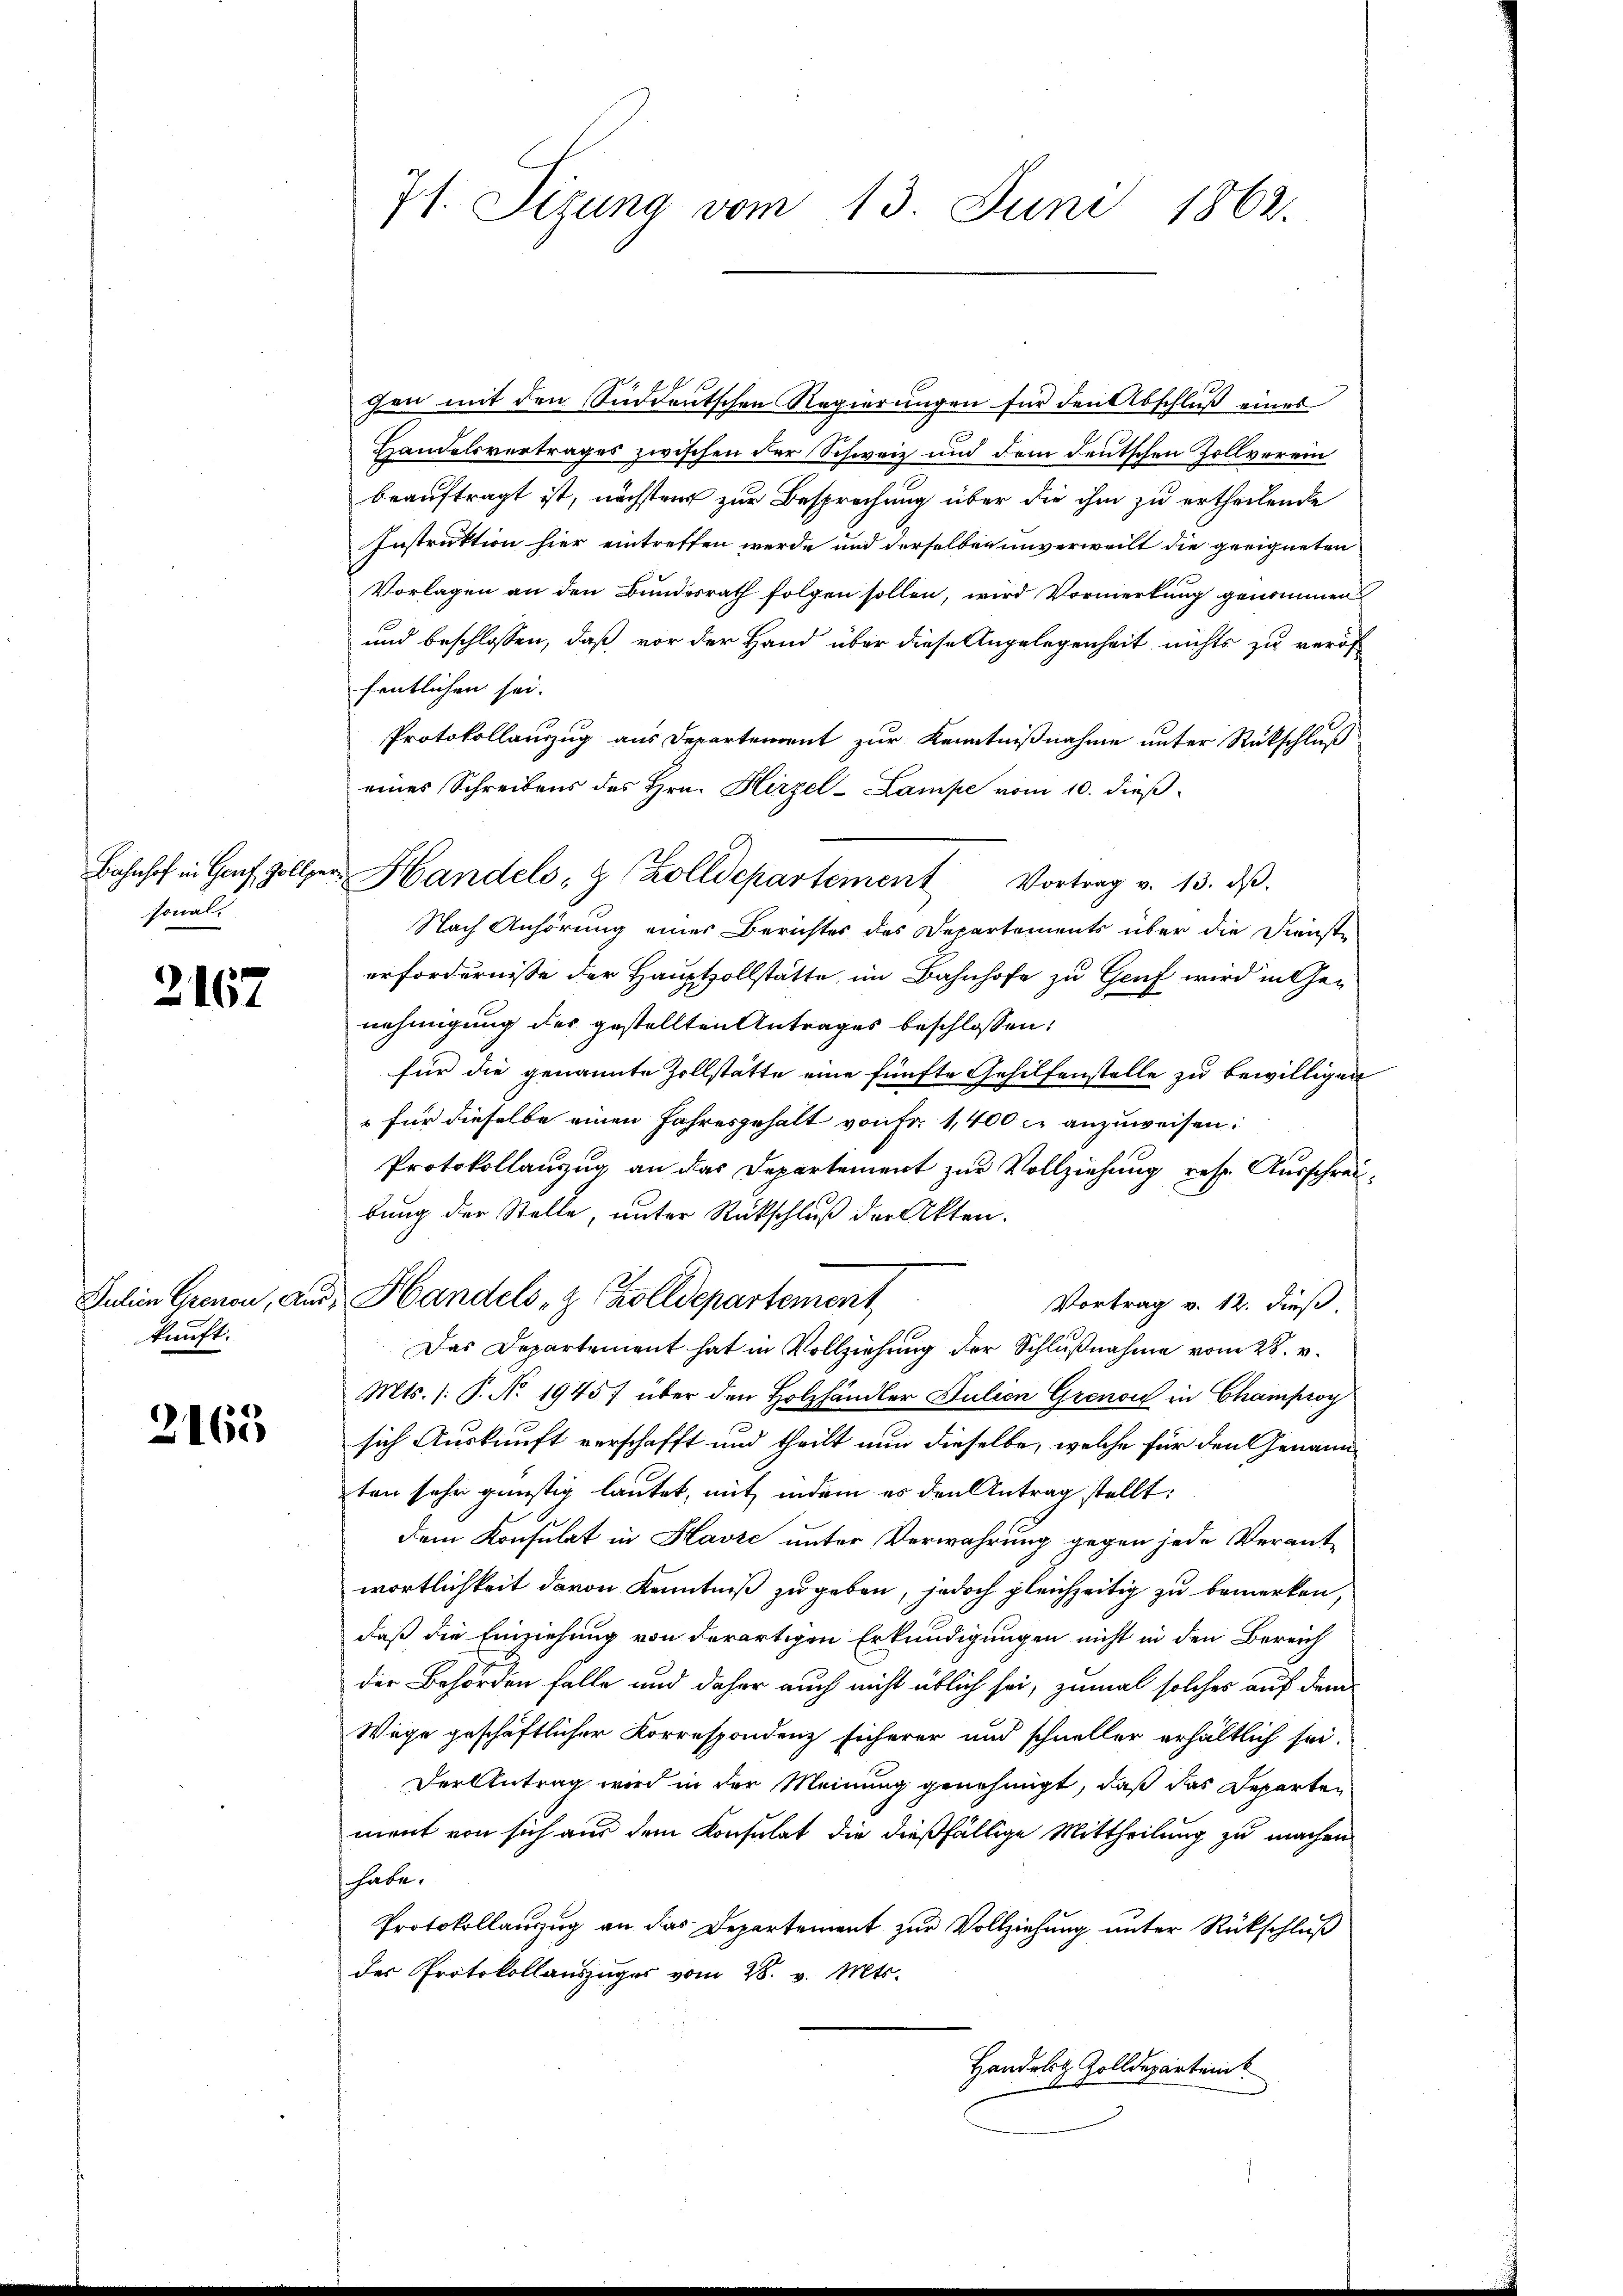
sonal.

2167

Julien Grenon, Auskunft.

2163

71. Sizung vom 13. Juni 1862.

gen mit den Süddeutschen Regierungen für den Abschluß eines
Handelsvertrages zwischen der Schweiz und dem deutschen Zollverein
beauftragt ist, nächstens zur Besprechung über die ihm zu ertheilende
Instruktion hier eintreffen werde und derselben unverweilt die geeigneten
Vorlagen an den Bundesrath folgen sollen, wird Vormerkung genommen
und beschlossen, daß vor der Hand über diese Angelegenheit nichts zu veröf
fentlichen sei.
Protokollauszug aus Departement zur Kenntnißnahme unter Rückschluß
eines Schreibens des Hrn. Hirzel-Lampe vom 10. dieß
Nach Anhörung einer Berichtes des Departements über die Dienste
erfordernisse der Hauptzollstätte, im Bahnhofe zu Genf wird in Genehmigung des gestellten Antrages beschlossen:
für die genannte Zollstätte eine fünfte Gehilfenstelle zu bewilligen
 für dieselbe einen Jahresgehalt von Fr. 1,400 c. anzuweisen.
Protokollauszug an das Departement zur Vollziehung resp. Ausschreibung der Stelle, unter Rückschluß der Akten.
Handels- & Zolldepartement
Vortrag v. 12. dieß.
Das Departement hat in Vollziehung der Schlußnahme vom 28. v.
Mts. (: P. No. 1945) über den Holzhändler Julien Grenon in Champroy
sich Auskunft verschafft und theilt nun dieselbe, welche für den Genann
ten sehr günstig lautet, mit indem es den Antrag stellt:
dem Konsulat in Havre unter Verwahrung gegen jede Verantwortlichkeit davon Kenntniß zugeben, jedoch gleichzeitig zu bemerken,
daß die Einziehung von derartigen Erkundigungen nicht in den Bereich
der Behörden falle und daher auch nicht üblich sei, zumal solches auf dem
Wege geschäftlicher Korrespondenz sicherer und schneller erhältlich sei.
Der Antrag wird in der Meinung genehmigt, daß das Departen
ment von sich aus dem Konsulat die dießfällige Mittheilung zu machen
habe.
Protokollauszug an das Departement zur Vollziehung unter Rückschluß
des Protokollaŭszŭges vom 28. v. Mts.
Handelitz Zolldepartei

Bahnhof in Hof Zöller Handels- & Zolldepartement Vortrag v. 13. dβ.